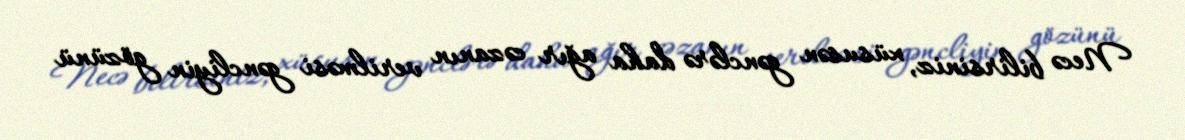
Necə bilirsiniz, xüsusən gənclərə daha ağır cəzanın verilməsi gəncliyin gözünü